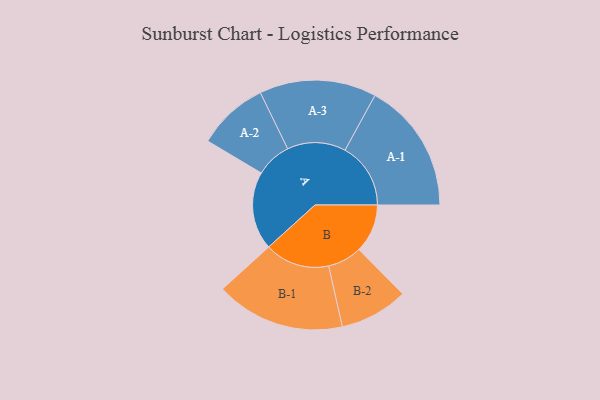
{"axis": {"x": "Segment", "y": "Value"}, "legend": ["", "A", "B"], "data": [{"x": "A", "y": 338, "type": ""}, {"x": "B", "y": 210, "type": ""}, {"x": "A-1", "y": 284, "type": "A"}, {"x": "A-2", "y": 154, "type": "A"}, {"x": "A-3", "y": 253, "type": "A"}, {"x": "B-1", "y": 280, "type": "B"}, {"x": "B-2", "y": 148, "type": "B"}]}